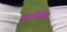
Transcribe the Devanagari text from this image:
हंगरोरिंग